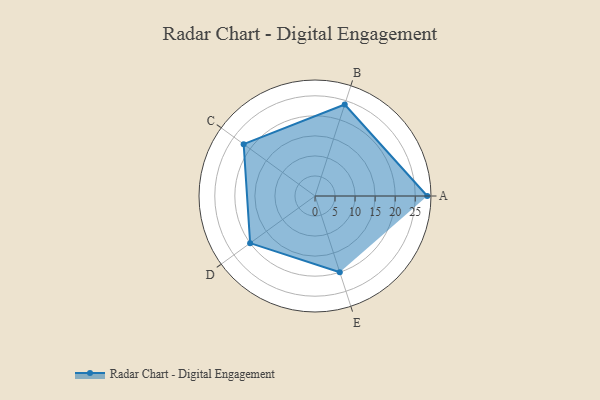
{"axis": {"x": "Skill", "y": "Score"}, "legend": ["Profile"], "data": [{"x": "A", "y": 28.0, "type": "Profile"}, {"x": "B", "y": 24.0, "type": "Profile"}, {"x": "C", "y": 22.0, "type": "Profile"}, {"x": "D", "y": 20, "type": "Profile"}, {"x": "E", "y": 20, "type": "Profile"}]}